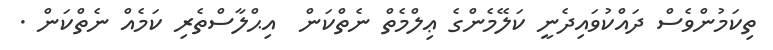
ތިކަމުންވެސް ދައްކުވައިދެނީ ކަލޭމެންގެ ޢިލްމެތް ނެތްކަން  އިޙްލާސްތެރި ކަމެއް ނެތްކަން .